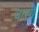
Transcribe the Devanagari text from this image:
चासो